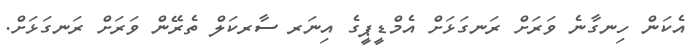
އެކަން ހިނގާނެ ވަރަށް ރަނގަޅަށް އެމްޑީޕީގެ އިނަރ ސާރކަލް ތެރޭން ވަރަށް ރަނގަޅަށް.